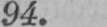
94.